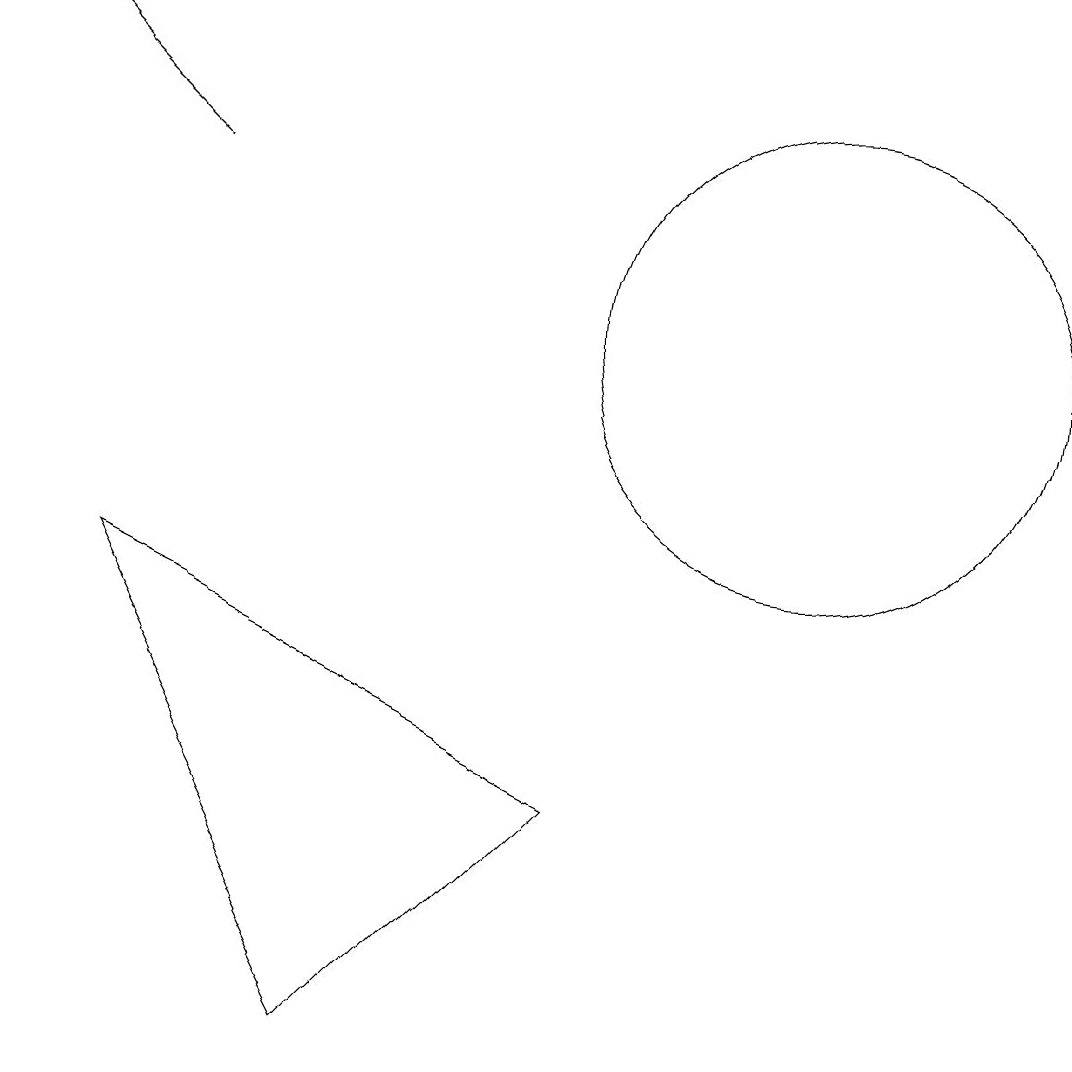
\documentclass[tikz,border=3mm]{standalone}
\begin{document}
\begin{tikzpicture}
\draw (3,7) -- (9,4) -- (6,1) -- cycle;
\draw (12,10) circle (3);
\draw[->] (4,12) -- (2,14);
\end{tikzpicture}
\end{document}